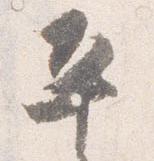
平